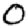
Digit: 0